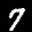
Label: 7